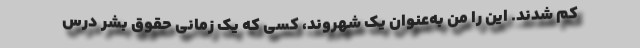
کم شدند. این را من به‌عنوان یک شهروند، کسی که یک زمانی حقوق بشر درس